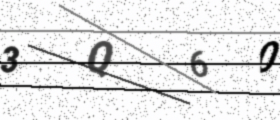
Text: 3Q60